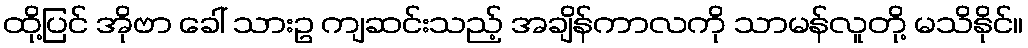
ထို့ပြင် အိုဗာ ခေါ် သားဥ ကျဆင်းသည့် အချိန်ကာလကို သာမန်လူတို့ မသိနိုင်။